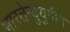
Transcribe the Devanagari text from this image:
भारतेन्दुयुगीन